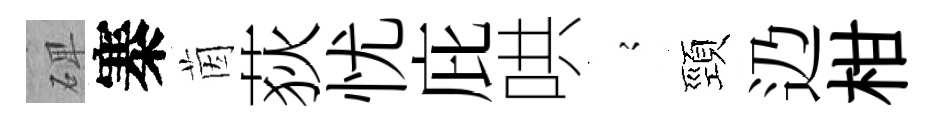
𥓓寨茵荻忧庇哄𡪹頸辸柑